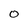
Character: O